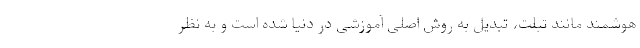
هوشمند مانند تبلت، تبدیل به روش اصلی آموزشی در دنیا شده است و به نظر